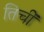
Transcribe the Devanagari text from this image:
तिचीं